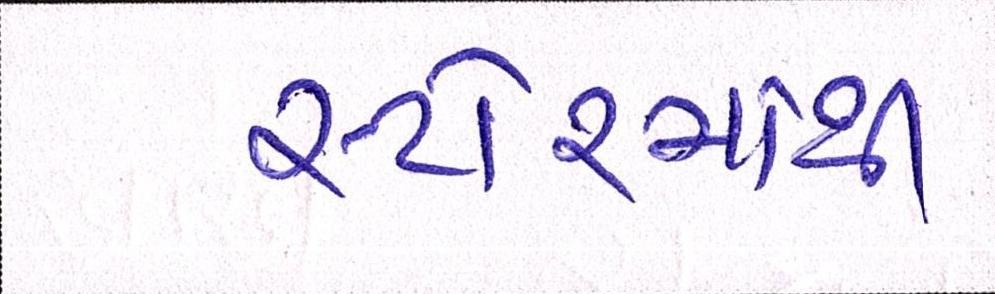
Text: સ્ટોરમાંથી